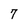
Character: 7